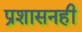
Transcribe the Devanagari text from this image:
प्रशासनही